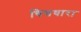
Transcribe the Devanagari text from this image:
चित्तधारा